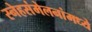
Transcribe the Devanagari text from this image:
स्नेहसंमेलनांमध्ये